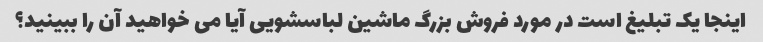
اینجا یک تبلیغ است در مورد فروش بزرگ ماشین لباسشویی آیا می خواهید آن را ببینید؟